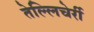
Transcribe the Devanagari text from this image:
तेल्लिचेर्री